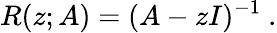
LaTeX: R(z;A)=(A-zI)^{-1}~.